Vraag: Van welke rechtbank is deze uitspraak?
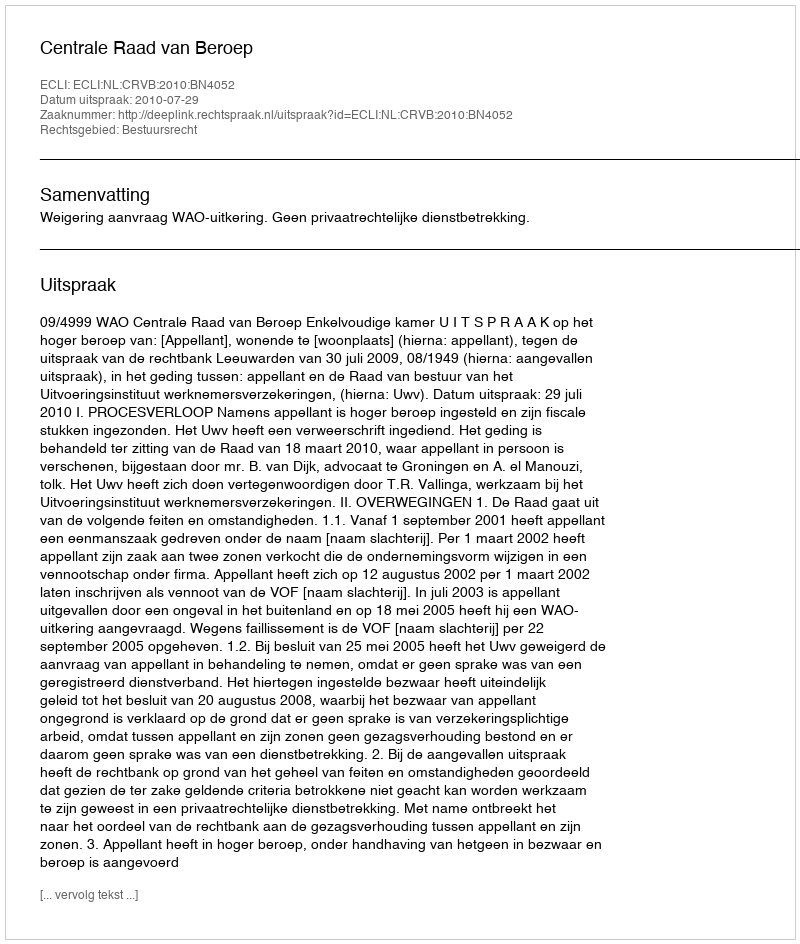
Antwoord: Centrale Raad van Beroep